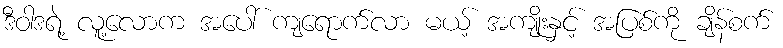
ဒီဝါဒရဲ့ လူ့လောက အပေါ် ကျရောက်လာ မယ့် အကျိုးနှင့် အပြစ်ကို ချိန်စက်